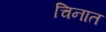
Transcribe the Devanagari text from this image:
चिनात